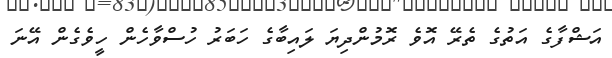
އަޝްފާގެ އަތުގެ ތެރޭ އޮވެ ރޮމުންދިޔަ ލައިބާގެ ހަބަރު ހުސްވާހެން ހީވެގެން އޭނަ